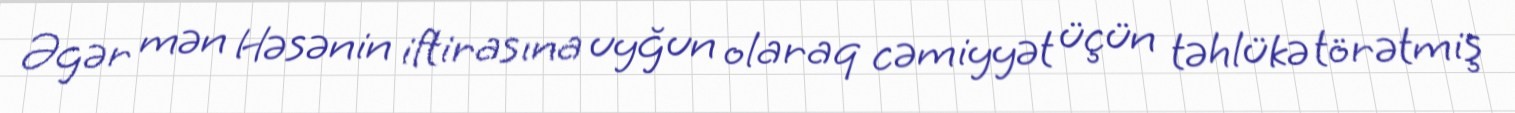
Əgər mən Həsənin iftirasına uyğun olaraq cəmiyyət üçün təhlükə törətmiş